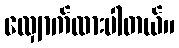
လျှောက်ထားပါတယ်။